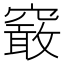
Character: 䆻